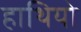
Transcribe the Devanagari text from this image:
हाथियो